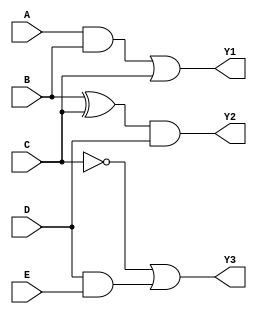
module combinational_logic_block (
    input wire A,
    input wire B,
    input wire C,
    input wire D,
    input wire E,
    output wire Y1,
    output wire Y2,
    output wire Y3
);

// Group 1: {A, B, C}
// Logic Operation: Y1 = A AND B OR C
wire group1_result;
assign group1_result = (A & B) | C;

// Group 2: {B, C, D}
// Logic Operation: Y2 = B XOR C AND D
wire group2_result;
assign group2_result = (B ^ C) & D;

// Group 3: {C, D, E}
// Logic Operation: Y3 = NOT C OR D AND E
wire group3_result;
assign group3_result = (~C) | (D & E);

// Final Outputs
assign Y1 = group1_result;
assign Y2 = group2_result;
assign Y3 = group3_result;

endmodule